Indian journal of veterinary science and animal husbandry - Volume 3,
Year: 1933
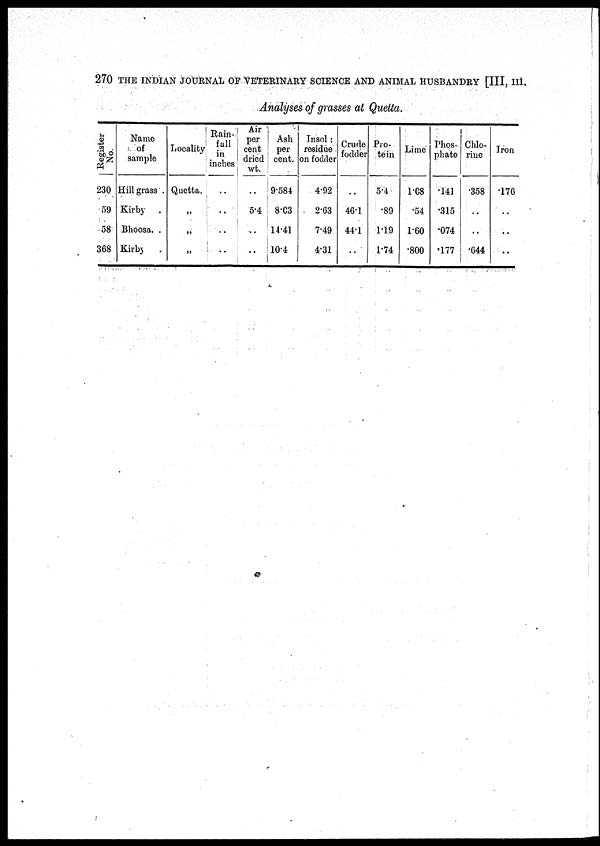
270 THE INDIAN JOURNAL OF VETERINARY SCIENCE AND ANIMAL HUSBANDRY [III, III.
Analyses of grasses at Quetta.
Register
No.
230
59
58
368
Name
of
sample
Hill grass .
Kirby
.
Bhoosa. .
Kirby
.
Locality
Quetta.
„
„
„
Rain¬
fall
in
inches
..
..
..
..
Air
per
cent
dried
wt.
..
5.4
..
..
Ash
per
cent.
9.584
8.03
14.41
10.4
Insol :
residue
on fodder
4.92
2.63
7.49
4.31
Crude
fodder
..
46.1
44.1
..
Pro-
tein
5.4
.89
1.19
1.74
Lime
1.08
.54
1.60
.800
Phos-
phate
.141
.315
.074
.177
Chlo-
rine
.358
..
..
.644
Iron
.176
..
..
..